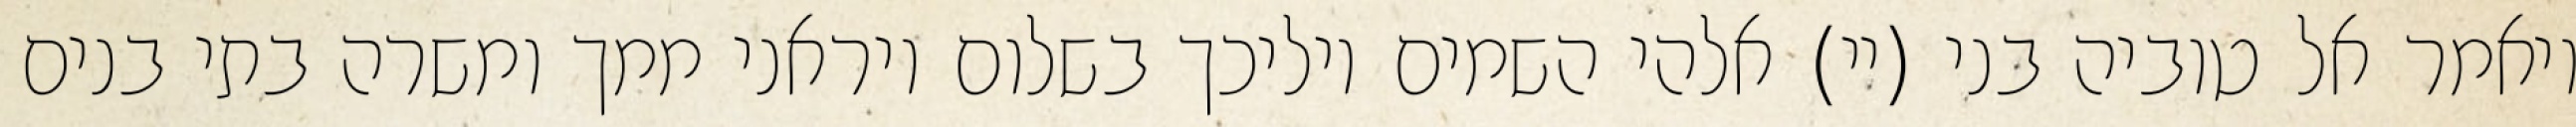
ויאמר אל טוביה בני (יי) אלהי השמים יוליכך בשלום ויראני ממך ומשרה בתי בנים